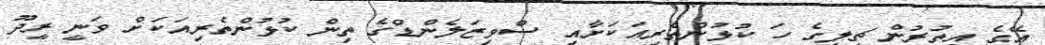
އޭގެ އިތުރުން ޗިލީގެ ހަ ކުޅުންތެރިއަކަށާއި ސްވިޒަލެންޑްގެ ތިން ކުޅުންތެރިއަކަށް ވަނީ ރީދޫ